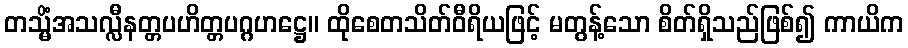
တသ္မိံအသလ္လီနတ္တပဟိတ္တပဂ္ဂဟဋ္ဌေ။ ထိုစေတသိတ်ဝီရိယဖြင့် မတွန့်သော စိတ်ရှိသည်ဖြစ်၍ ကာယိက